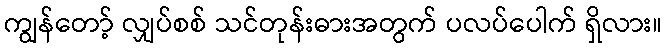
ကျွန်တော့် လျှပ်စစ် သင်တုန်းဓားအတွက် ပလပ်ပေါက် ရှိလား။